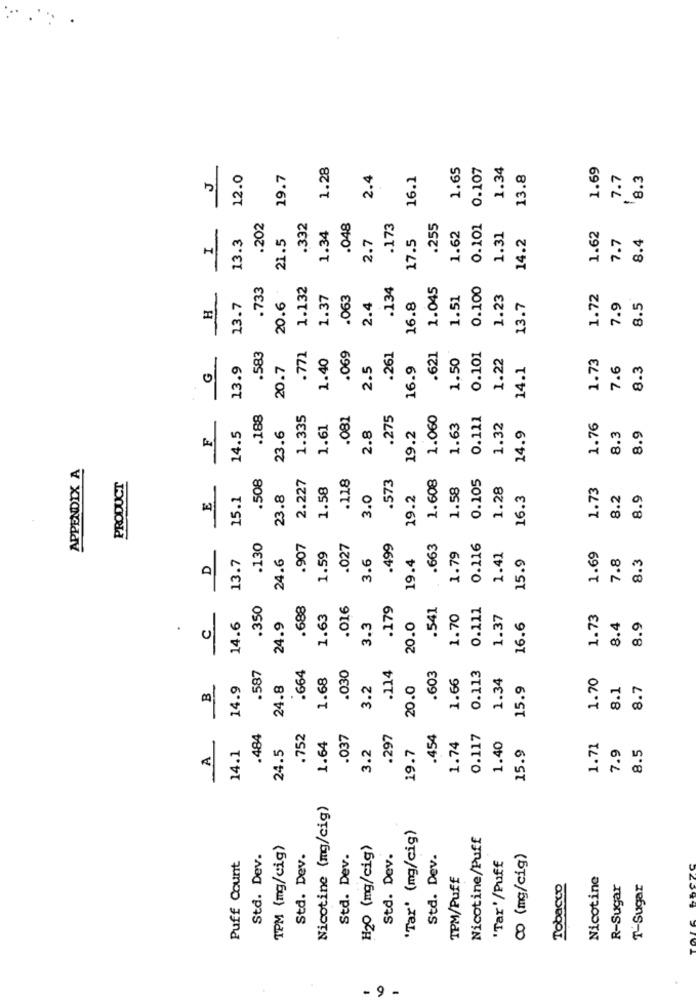
1.28
1.65
0.107
1.34
1.69
J
12.0
19.7
2.4
16.1
13.8
7.7
8.3
0.101
.202
.332
.048
.173
.255
13.3
21.5
1.34
2.7
17.5
1.62
1.31
14.2
1.62
8.4
7.7
H
.733
20.6 -
1.132
.134
1.045
0.100
1.37
.063
1.51
1.23
1.72
H
13.7
2.4
16.8
13.7
7.9
8.5
.583
.069
.621
.771
1.40
.261
1.50
0.101
1.22
1.73
G
13.9
20.7
2.5
16.9
14.1
7.6
8.3
.188
1.335
.081
.275
1.060
0.111
14.5
23.6
1.61
2.8
1.63
1.32
14.9
1.76
8.9
F
19.2
8.3
APPENDIX A
PRODUCT
.508
2.227
.118
.573
1.608
0.105
1.58
1.58
1.28
1.73
15.1
23.8
3.0
19.2
16.3
8.2
8.9
E
.130
.907
.027
.499
.663
0.116
D
13.7
24.6
1.59
3.6
19.4
1.79
1.41
15.9
1.69
7.8
8.3
.350
.688
.016
.179
.541
0.111
1.63
1.70
1.37
1.73
14.6
24.9
3.3
20.0
16.6
8.4
8.9
.
.587
.664
.030
.114
0.113
1.68
.603
1.66
1.34
1.70
14.9
24.8
3.2
20.0
15.9
8.1
8.7
B
.484
.752
1.64
.037
.297
.454
0.117
14.1
24.5
3.2
19.7
1.74
1.40
15.9
1.71
A
7.9
8.5
Nicotine (mg/cig)
'Tar' (mg/cig)
Nicotine/Puff
TPM (mg/cig)
H20 (mg/cig)
Std. Dev.
Std. Dev.
Std. Dev.
Std. Dev.
Std. Dev.
'Tar'/Puff
8 (mg/cig)
Puff Count
TPM/Puff
Nicotine
Tobacco
R-Sugar
T-Sugar
- 9 -